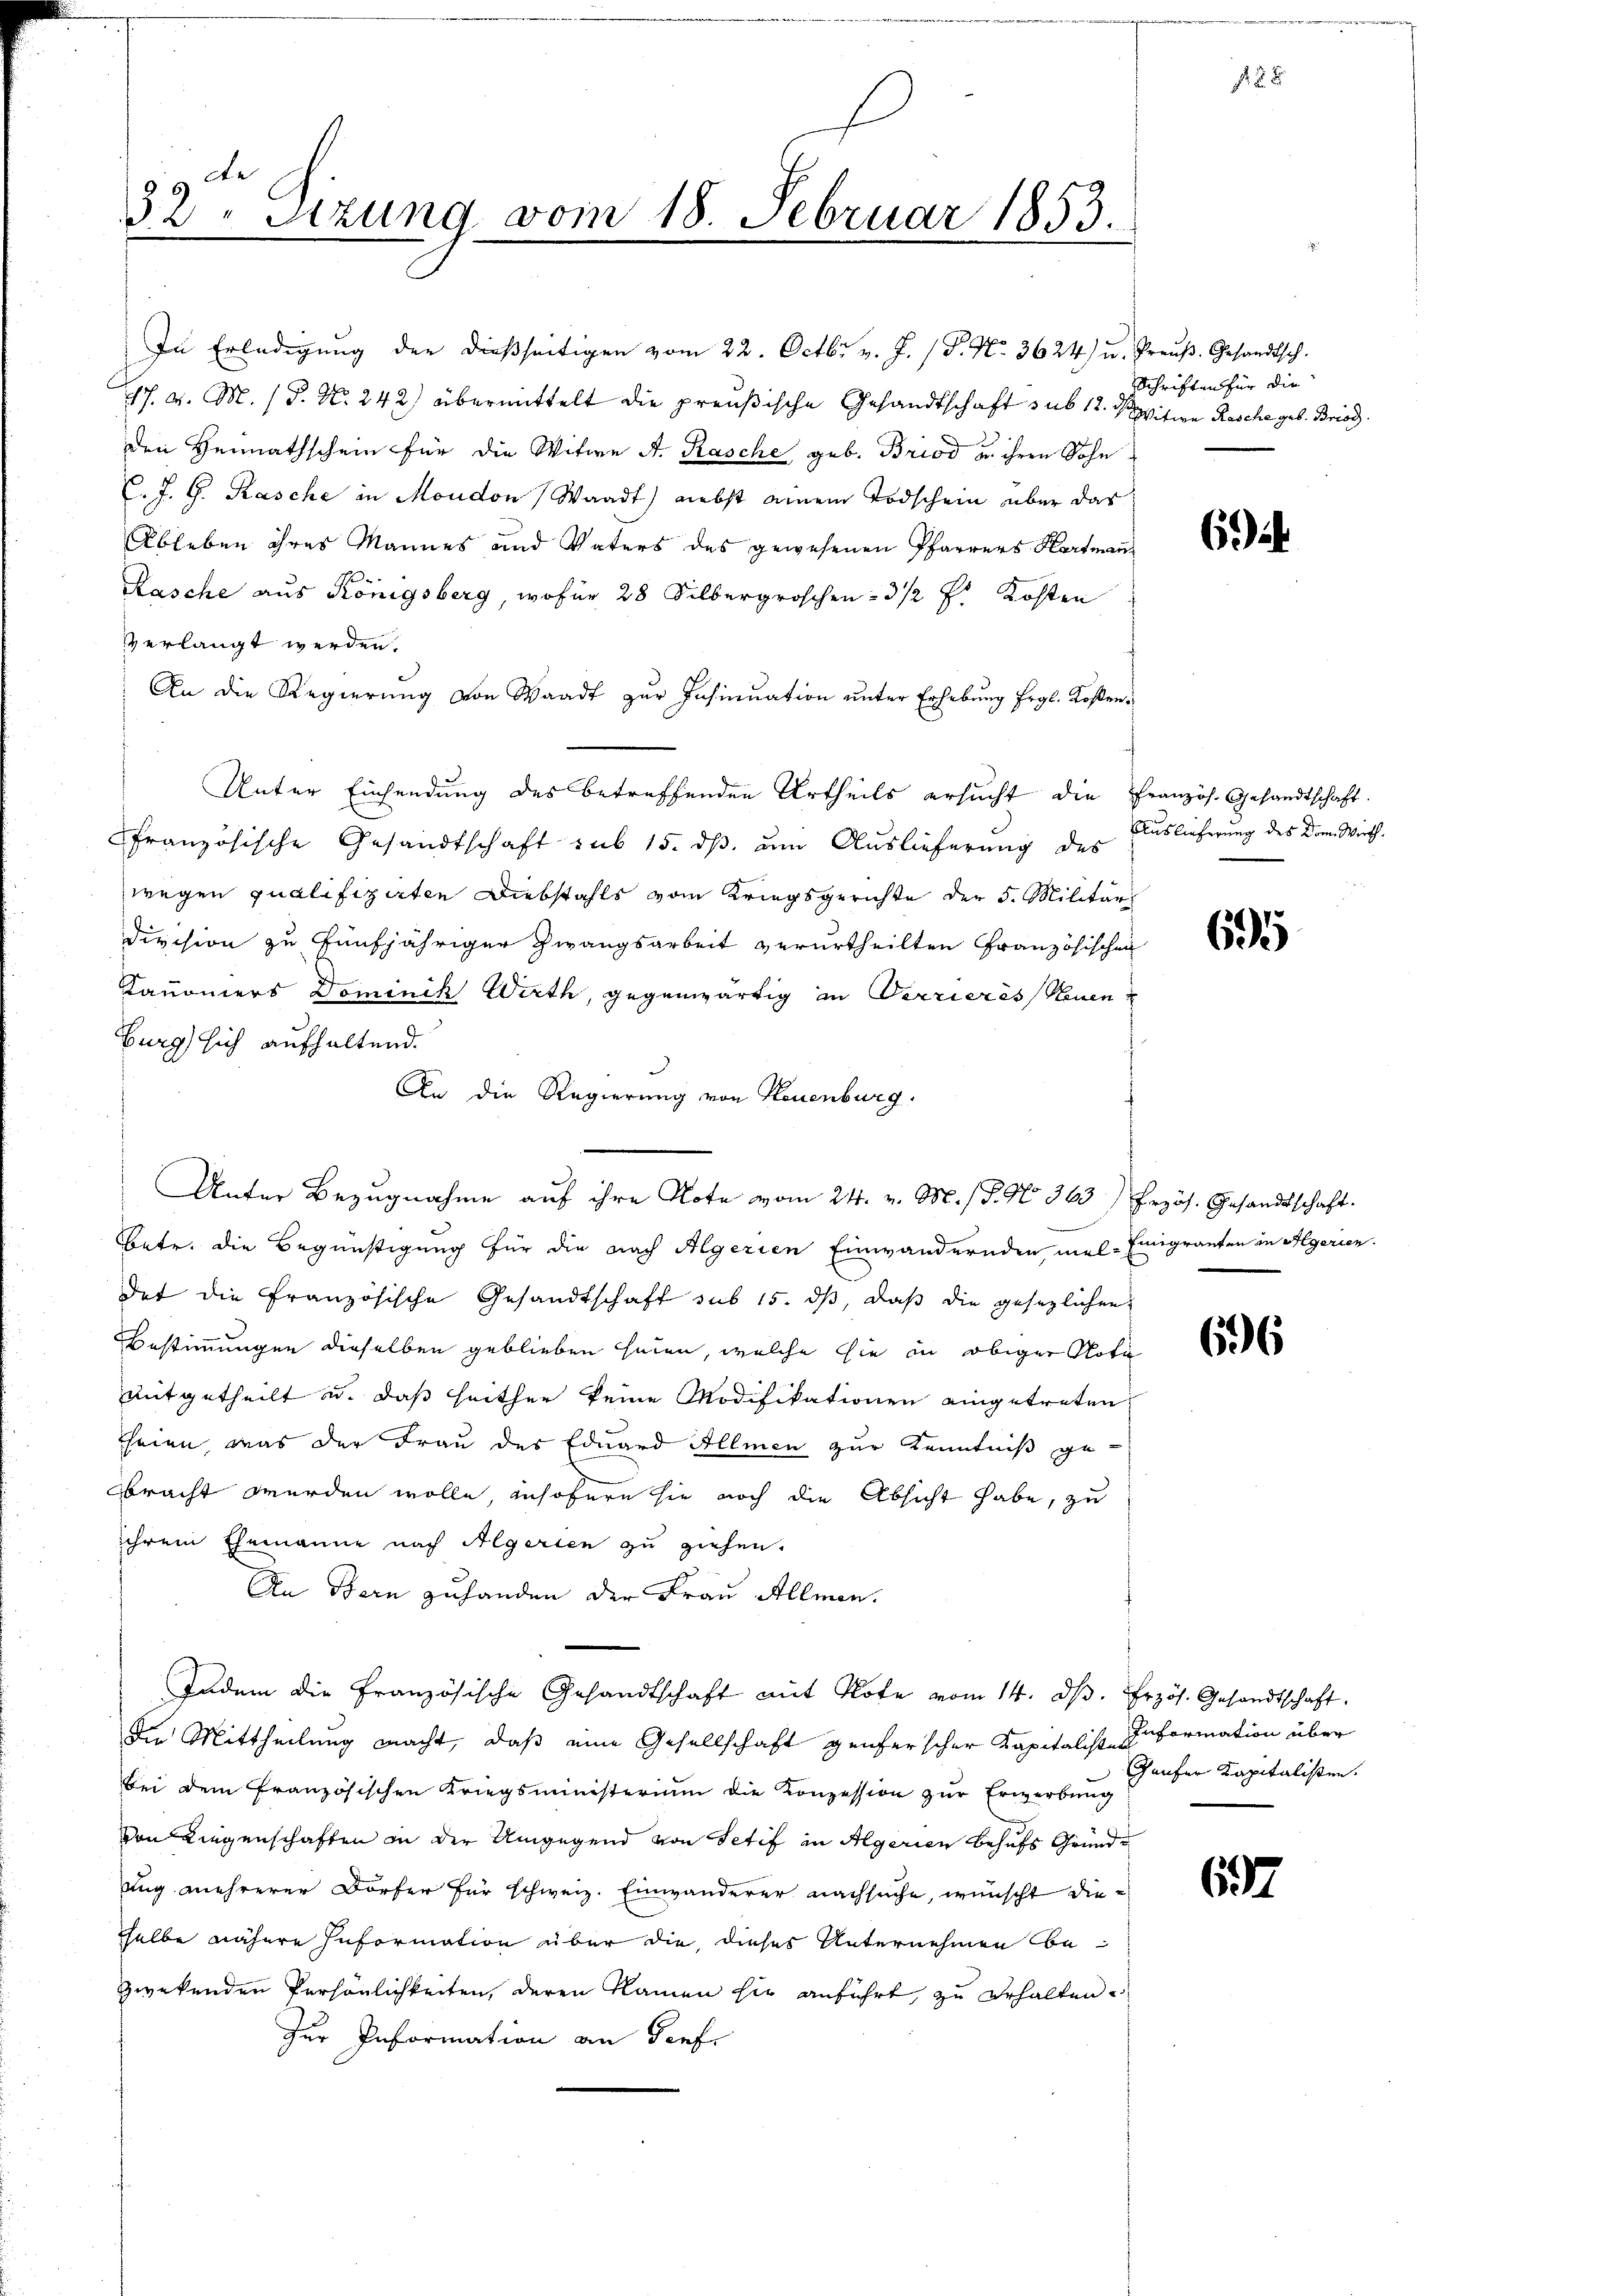
32. Sizung vom 18. Februar 1853.
d
8

u

8.
d

Unter Bezugnahme auf ihre Note vom 24. v. M. (T. No. 363) Erzös. Gesandtschaft.

In Erledigŭng der dießseitigen vom 22. Octbr. v. J. (T. No. 3624 u. Preŭβ- Gesandtsch.
17. v. M. (T. N. 242) übermittelt die preußische Gesandtschaft sub 12. d. Witwe Rosche geb. Bris
den Heimathschein für die Witwe A. Rasche geb. Brod u. ihren Sohn
C. J. G. Kasche in Moudon, Waadt) nebst einem Todschein über das
Ableben ihres Mannes und Vaters des gewesenen Pfarrers Hartmann
Kasche aus Königsberg, wofür 28 Silbergroschen = 3 1/2 J. Kosten
verlangt werden.
An die Regierŭng von Waadt zŭr Insinuation ŭnter Erhebŭng Ergl. Kosten¬
Unter Einsendung des betreffenden Urtheils ersucht die Französ. Gesandtschaft.
französische Gesandtschaft sub 15. ds, um Auslieferung des Auslieferung des Dom. Wirthwegen qualifizirten Diebstahls vom Kriegsgerichte der 5. Militär
Division zu fünfjähriger Zwangsarbeit verurtheilten Französischen
Kanoniers Dominik Wirth, gegenwärtig in Terrieres Neuen
burg sich aufhaltend.
An die Regierung von Neuenburg.
Betr. die Begünstigung für die nach Algerien Einwändernden mel-Einigranten in Algerien.
det die Französische Gesandtschaft sub 15. ds, daß die gesezlichen
Bestimmungen dieselben geblieben seien, welche sie in obiger Nota
mitgetheilt u. daß heither keine Modifikationen eingetreten
seien, was der Frau des Eduard Allmen zur Kenntniß gebracht werden wolle, insofern sie noch die Absicht habe, zu
ihrem Ehemanne nach Aegerien zu ziehen.
An Bern zuhanden der Frau Allmen.
Indem die Französische Gesandtschaft mit Note vom 14. d. Erzös. Gesandtschaft
Die Mittheilung macht, daß eine Gesellschaft genferscher Kapitalist formation über
bei dem französischen Kriegsministerium die Konzession zur Erwerbung
von Liegenschaften in der Umgegend von Setif in Algerien behufs Grundung mehrerer Dorfer für schweiz. Einwanderer nachsuche, wünscht dieselbe nähere Information über die dieser Unternehmen bezwekenden Persönlichkeiten, deren Namen sie anführt, zu erhalten
zur Information an Senf,

Schriften für die

f 24

694.

695

696

Gaufer Kapitalisten.

637